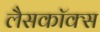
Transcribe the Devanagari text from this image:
लैसकॉक्स